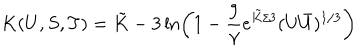
LaTeX: K ( U , S , T ) = \tilde { K } - 3 \ln \left( 1 - \frac { 9 } { \gamma } e ^ { \tilde { K } / 3 } ( U \bar { U } ) ^ { 1 / 3 } \right)